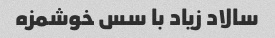
سالاد زیاد با سس خوشمزه